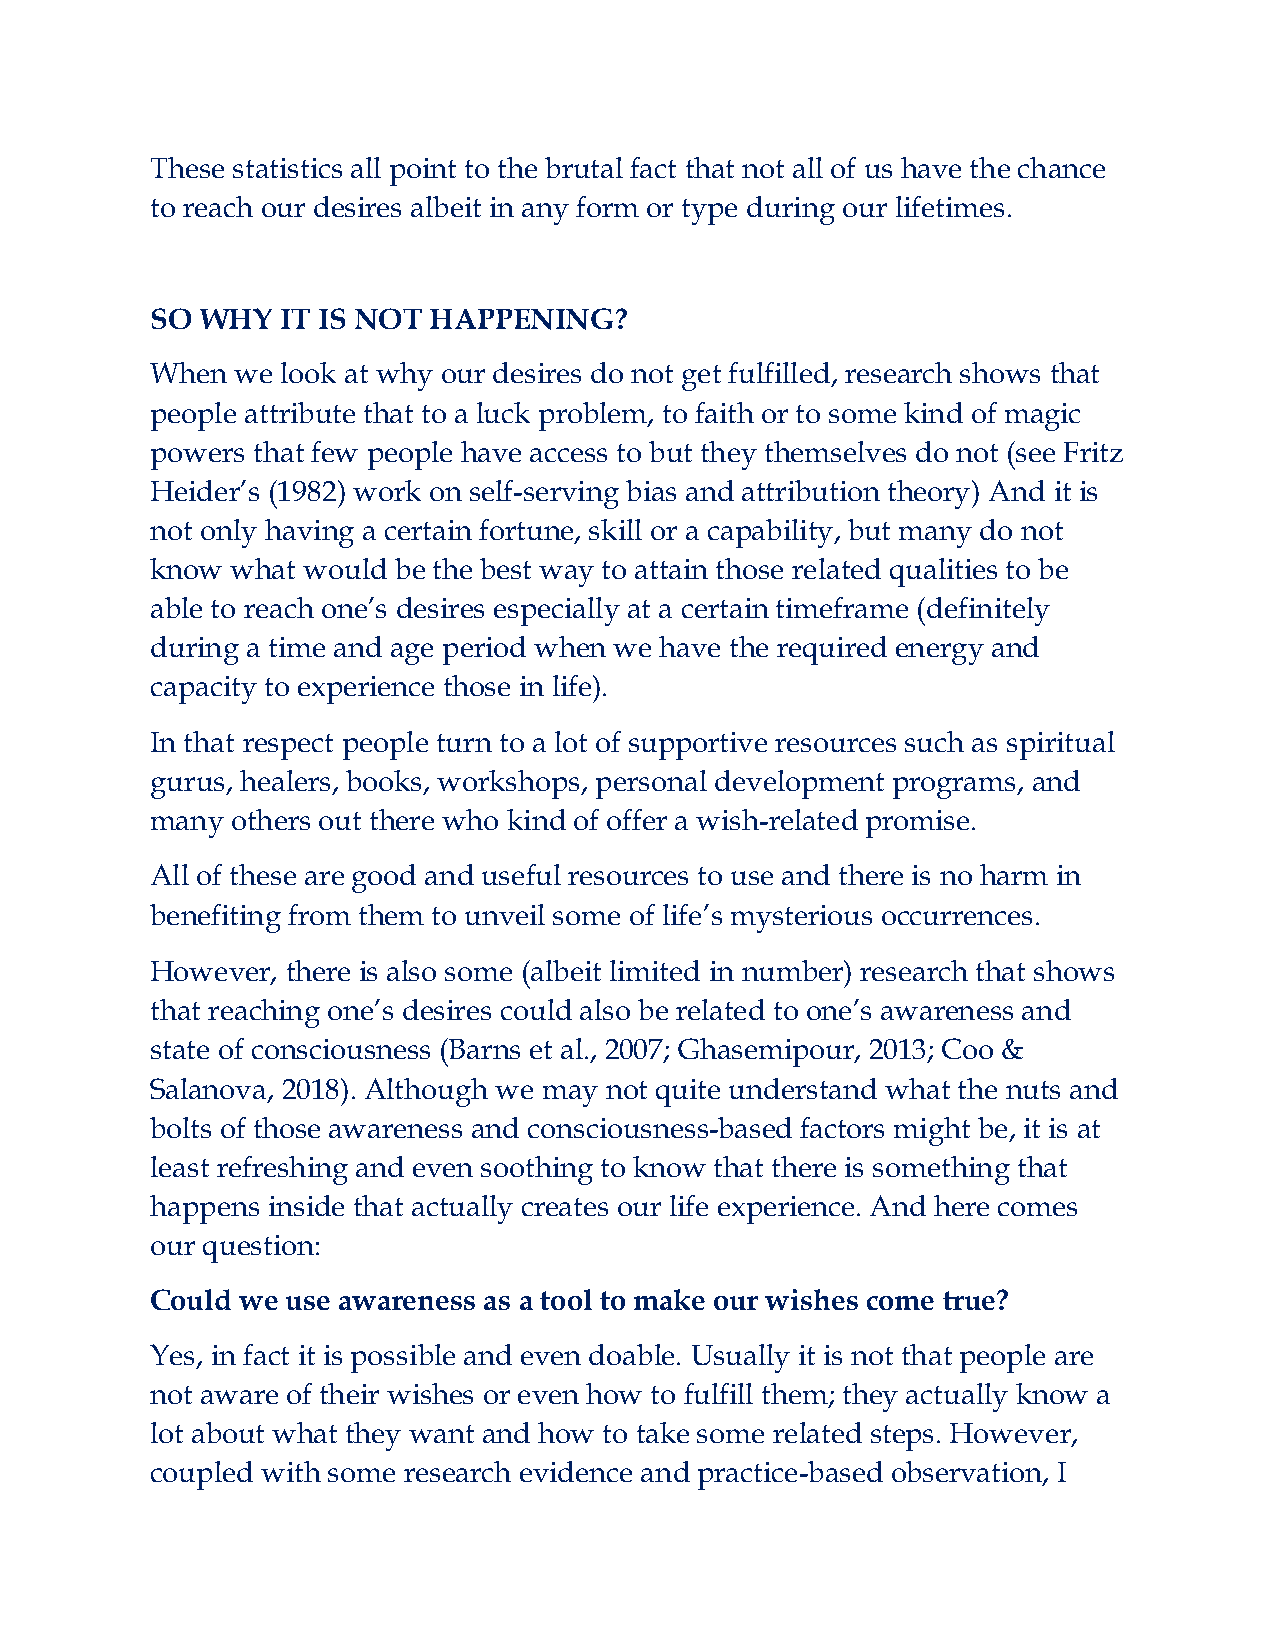
These statistics all point to the brutal fact that not all of us have the chance
 to reach our desires albeit in any form or type during our lifetimes.
 SO WHY   IT IS NOT HAPPENING?
 When  we look at why our desires do not get fulfilled, research shows that
 people attribute that to a luck problem, to faith or to some kind of magic
 powers that few people have access to but they themselves do not (see Fritz
 Heider’s (1982) work on self-serving bias and attribution theory) And it is
 not only having a certain fortune, skill or a capability, but many do not
 know what would be the best way to attain those related qualities to be
 able to reach one’s desires especially at a certain timeframe (definitely
 during a time and age period when we have the required energy and
 capacity to experience those in life).
 In that respect people turn to a lot of supportive resources such as spiritual
 gurus, healers, books, workshops, personal development programs, and
 many others out there who kind of offer a wish-related promise.
 All of these are good and useful resources to use and there is no harm in
 benefiting from them to unveil some of life’s mysterious occurrences.
 However, there is also some (albeit limited in number) research that shows
 that reaching one’s desires could also be related to one’s awareness and
 state of consciousness (Barns et al., 2007; Ghasemipour, 2013; Coo &
 Salanova, 2018). Although we may not quite understand what the nuts and
 bolts of those awareness and consciousness-based factors might be, it is at
 least refreshing and even soothing to know that there is something that
 happens inside that actually creates our life experience. And here comes
 our question:
 Could we use awareness as a tool to make our wishes come true?
 Yes, in fact it is possible and even doable. Usually it is not that people are
 not aware of their wishes or even how to fulfill them; they actually know a
 lot about what they want and how to take some related steps. However,
 coupled with some research evidence and practice-based observation, I